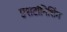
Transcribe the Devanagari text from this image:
एशटॉनिशिंग